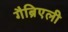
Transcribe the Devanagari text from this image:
गैब्रिएली